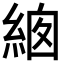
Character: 𦀙